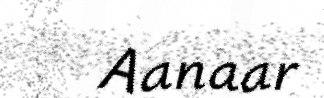
Aanaar